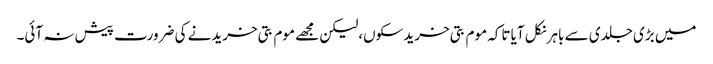
میں بڑی جلدی سے باہر نکل آیا تاکہ موم بتی خرید سکوں،لیکن مجھے موم بتی خریدنے کی ضرورت پیش نہ آئی۔